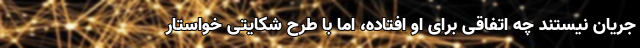
جریان نیستند چه اتفاقی برای او افتاده، اما با طرح شکایتی خواستار